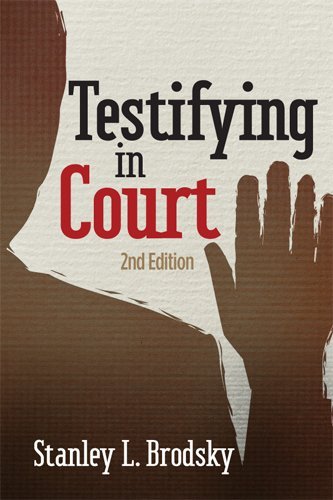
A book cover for Testifying in Court: Guidelines and Maxims for the Expert Witness; Stanley L. Brodsky; Law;